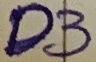
Text: D3